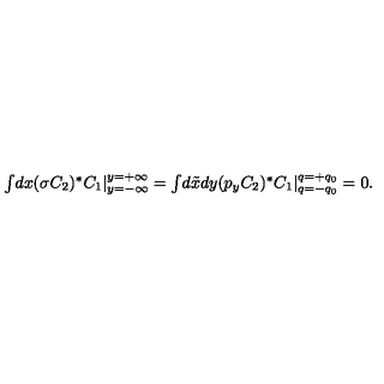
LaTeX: \textstyle { \int } d x ( \sigma C _ { 2 } ) ^ { \ast } C _ { 1 } \vert _ { y = - \infty } ^ { y = + \infty } = \textstyle { \int } d \tilde { x } d y ( p _ { y } C _ { 2 } ) ^ { \ast } C _ { 1 } \vert _ { q = - q _ { 0 } } ^ { q = + q _ { 0 } } = 0 .